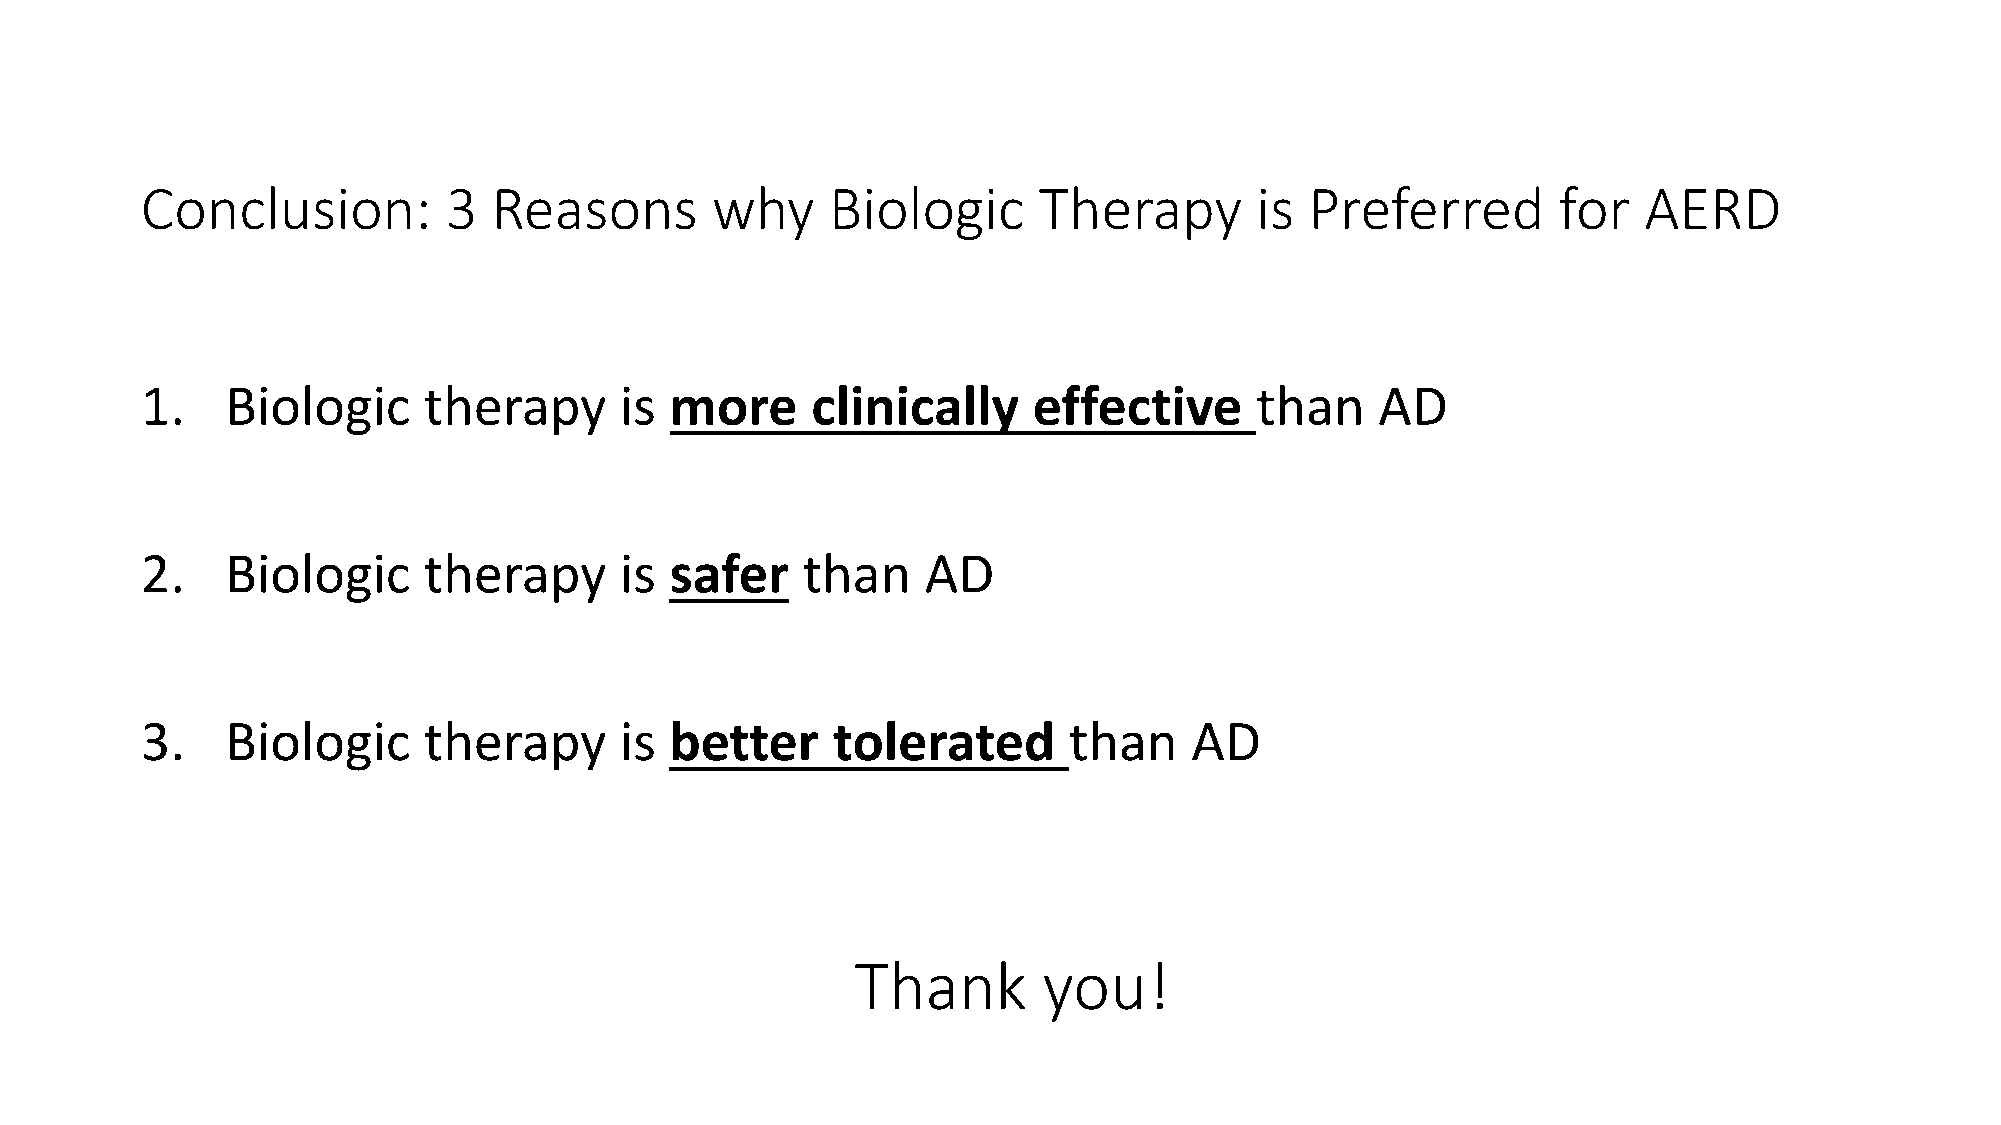
Conclusion:          3  Reasons       why     Biologic      Therapy       is  Preferred       for   AERD
 1.    Biologic     therapy      is more      clinically    effective      than    AD
 2.    Biologic     therapy      is safer    than    AD
 3.    Biologic     therapy      is better     tolerated       than    AD
 Thank       you!